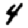
Digit: 4